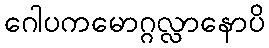
ဂေါပကမောဂ္ဂလ္လာနောပိ